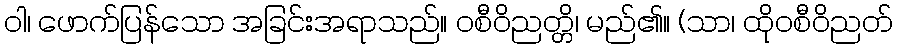
ဝါ၊ ဖောက်ပြန်သော အခြင်းအရာသည်။ ဝစီဝိညတ္တိ၊ မည်၏။ (သာ၊ ထိုဝစီဝိညတ်